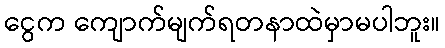
ငွေက ကျောက်မျက်ရတနာထဲမှာမပါဘူး။